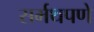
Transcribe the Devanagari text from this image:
सर्मथपणे